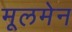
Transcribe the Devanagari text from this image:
मूलमेन